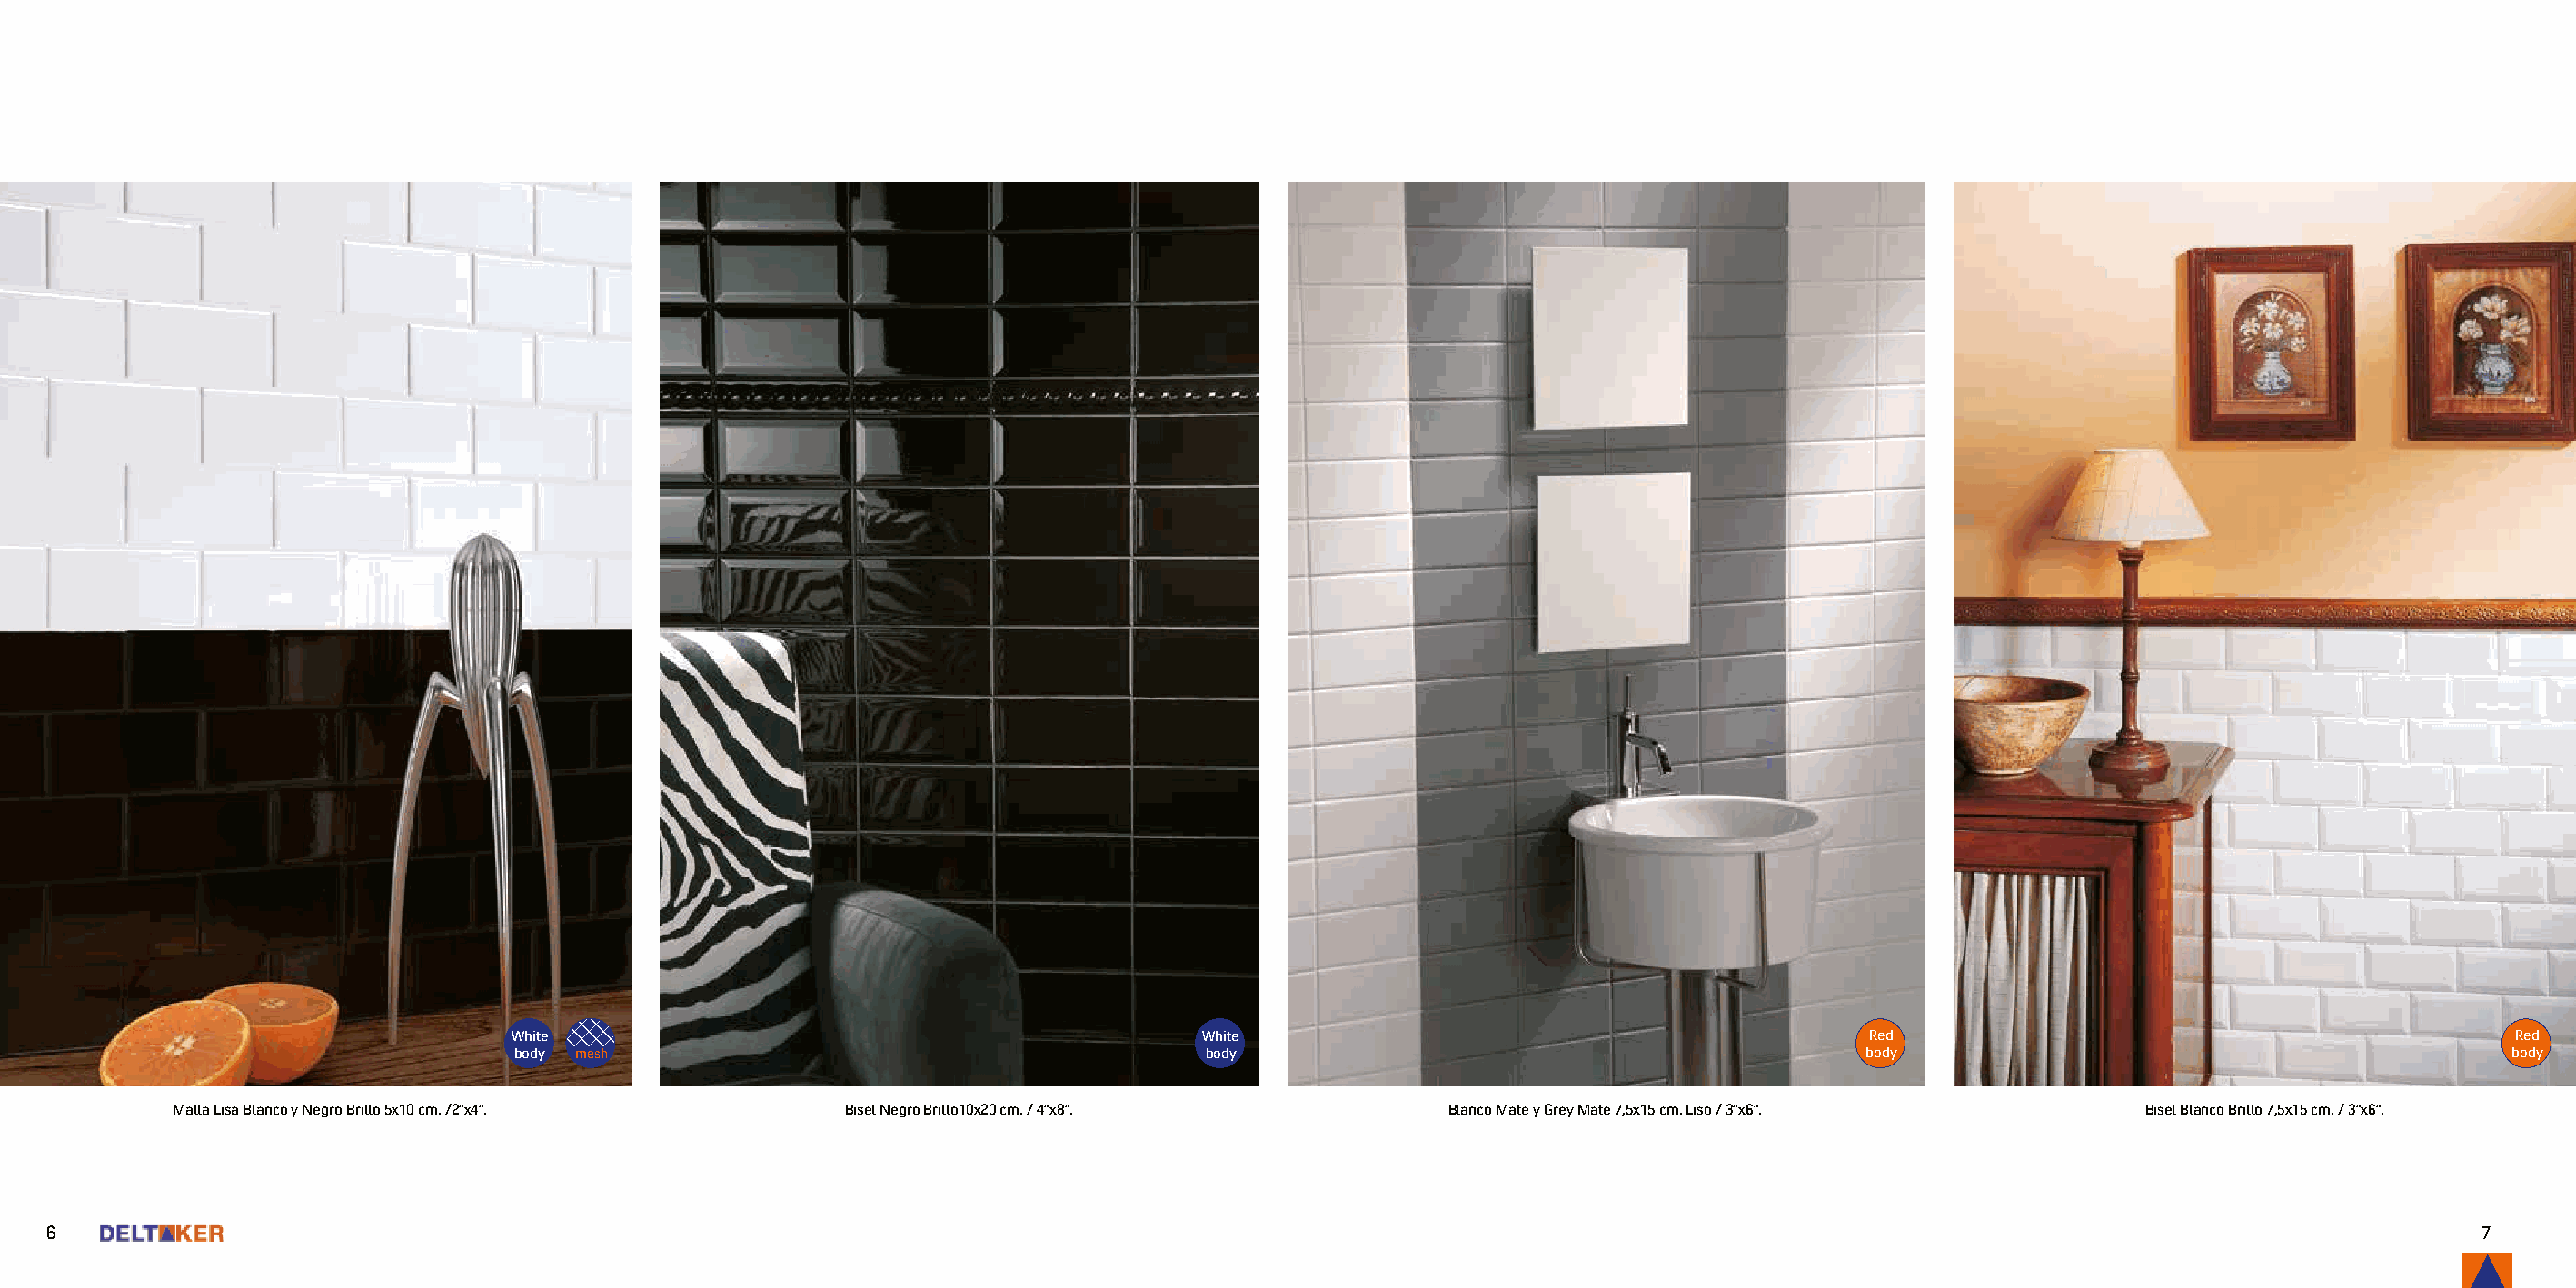
White                                              White                                           Red                                            Red
 body mesh                                          body                                            body                                           body
 Malla Lisa Blanco y Negro Brillo 5x10 cm. /2”x4”. Bisel Negro Brillo10x20 cm. / 4”x8”.      Blanco Mate y Grey Mate 7,5x15 cm. Liso / 3”x6”.   Bisel Blanco Brillo 7,5x15 cm. / 3”x6”.
 6                                                                                                                                                                                 7